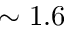
\sim 1 . 6